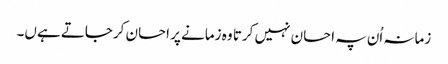
زمانہ اُن پہ احسان نہیں کرتا وہ زمانے پر احسان کرجاتے ہےں۔